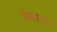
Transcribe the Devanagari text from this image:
नेपाम